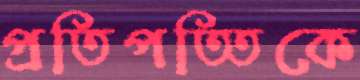
প্রতিপত্তিকে